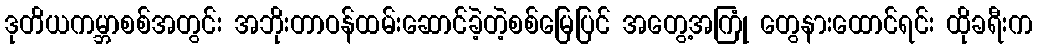
ဒုတိယကမ္ဘာစစ်အတွင်း အဘိုးတာဝန်ထမ်းဆောင်ခဲ့တဲ့စစ်မြေပြင် အတွေ့အကြုံ တွေနားထောင်ရင်း ထိုခရီးက